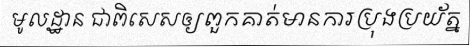
មូលដ្ឋាន ជាពិសេសឲ្យពួកគាត់មានការប្រុងប្រយ័ត្ន